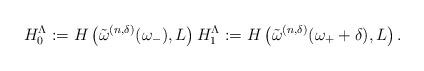
LaTeX: \begin{align*}H_0^\Lambda := H \left( {\tilde{\omega}^{(n,\delta)}(\omega_{-})} ,L \right) H_1^\Lambda := H \left( {\tilde{\omega}^{(n,\delta)}(\omega_{+} + \delta)} ,L \right).\end{align*}